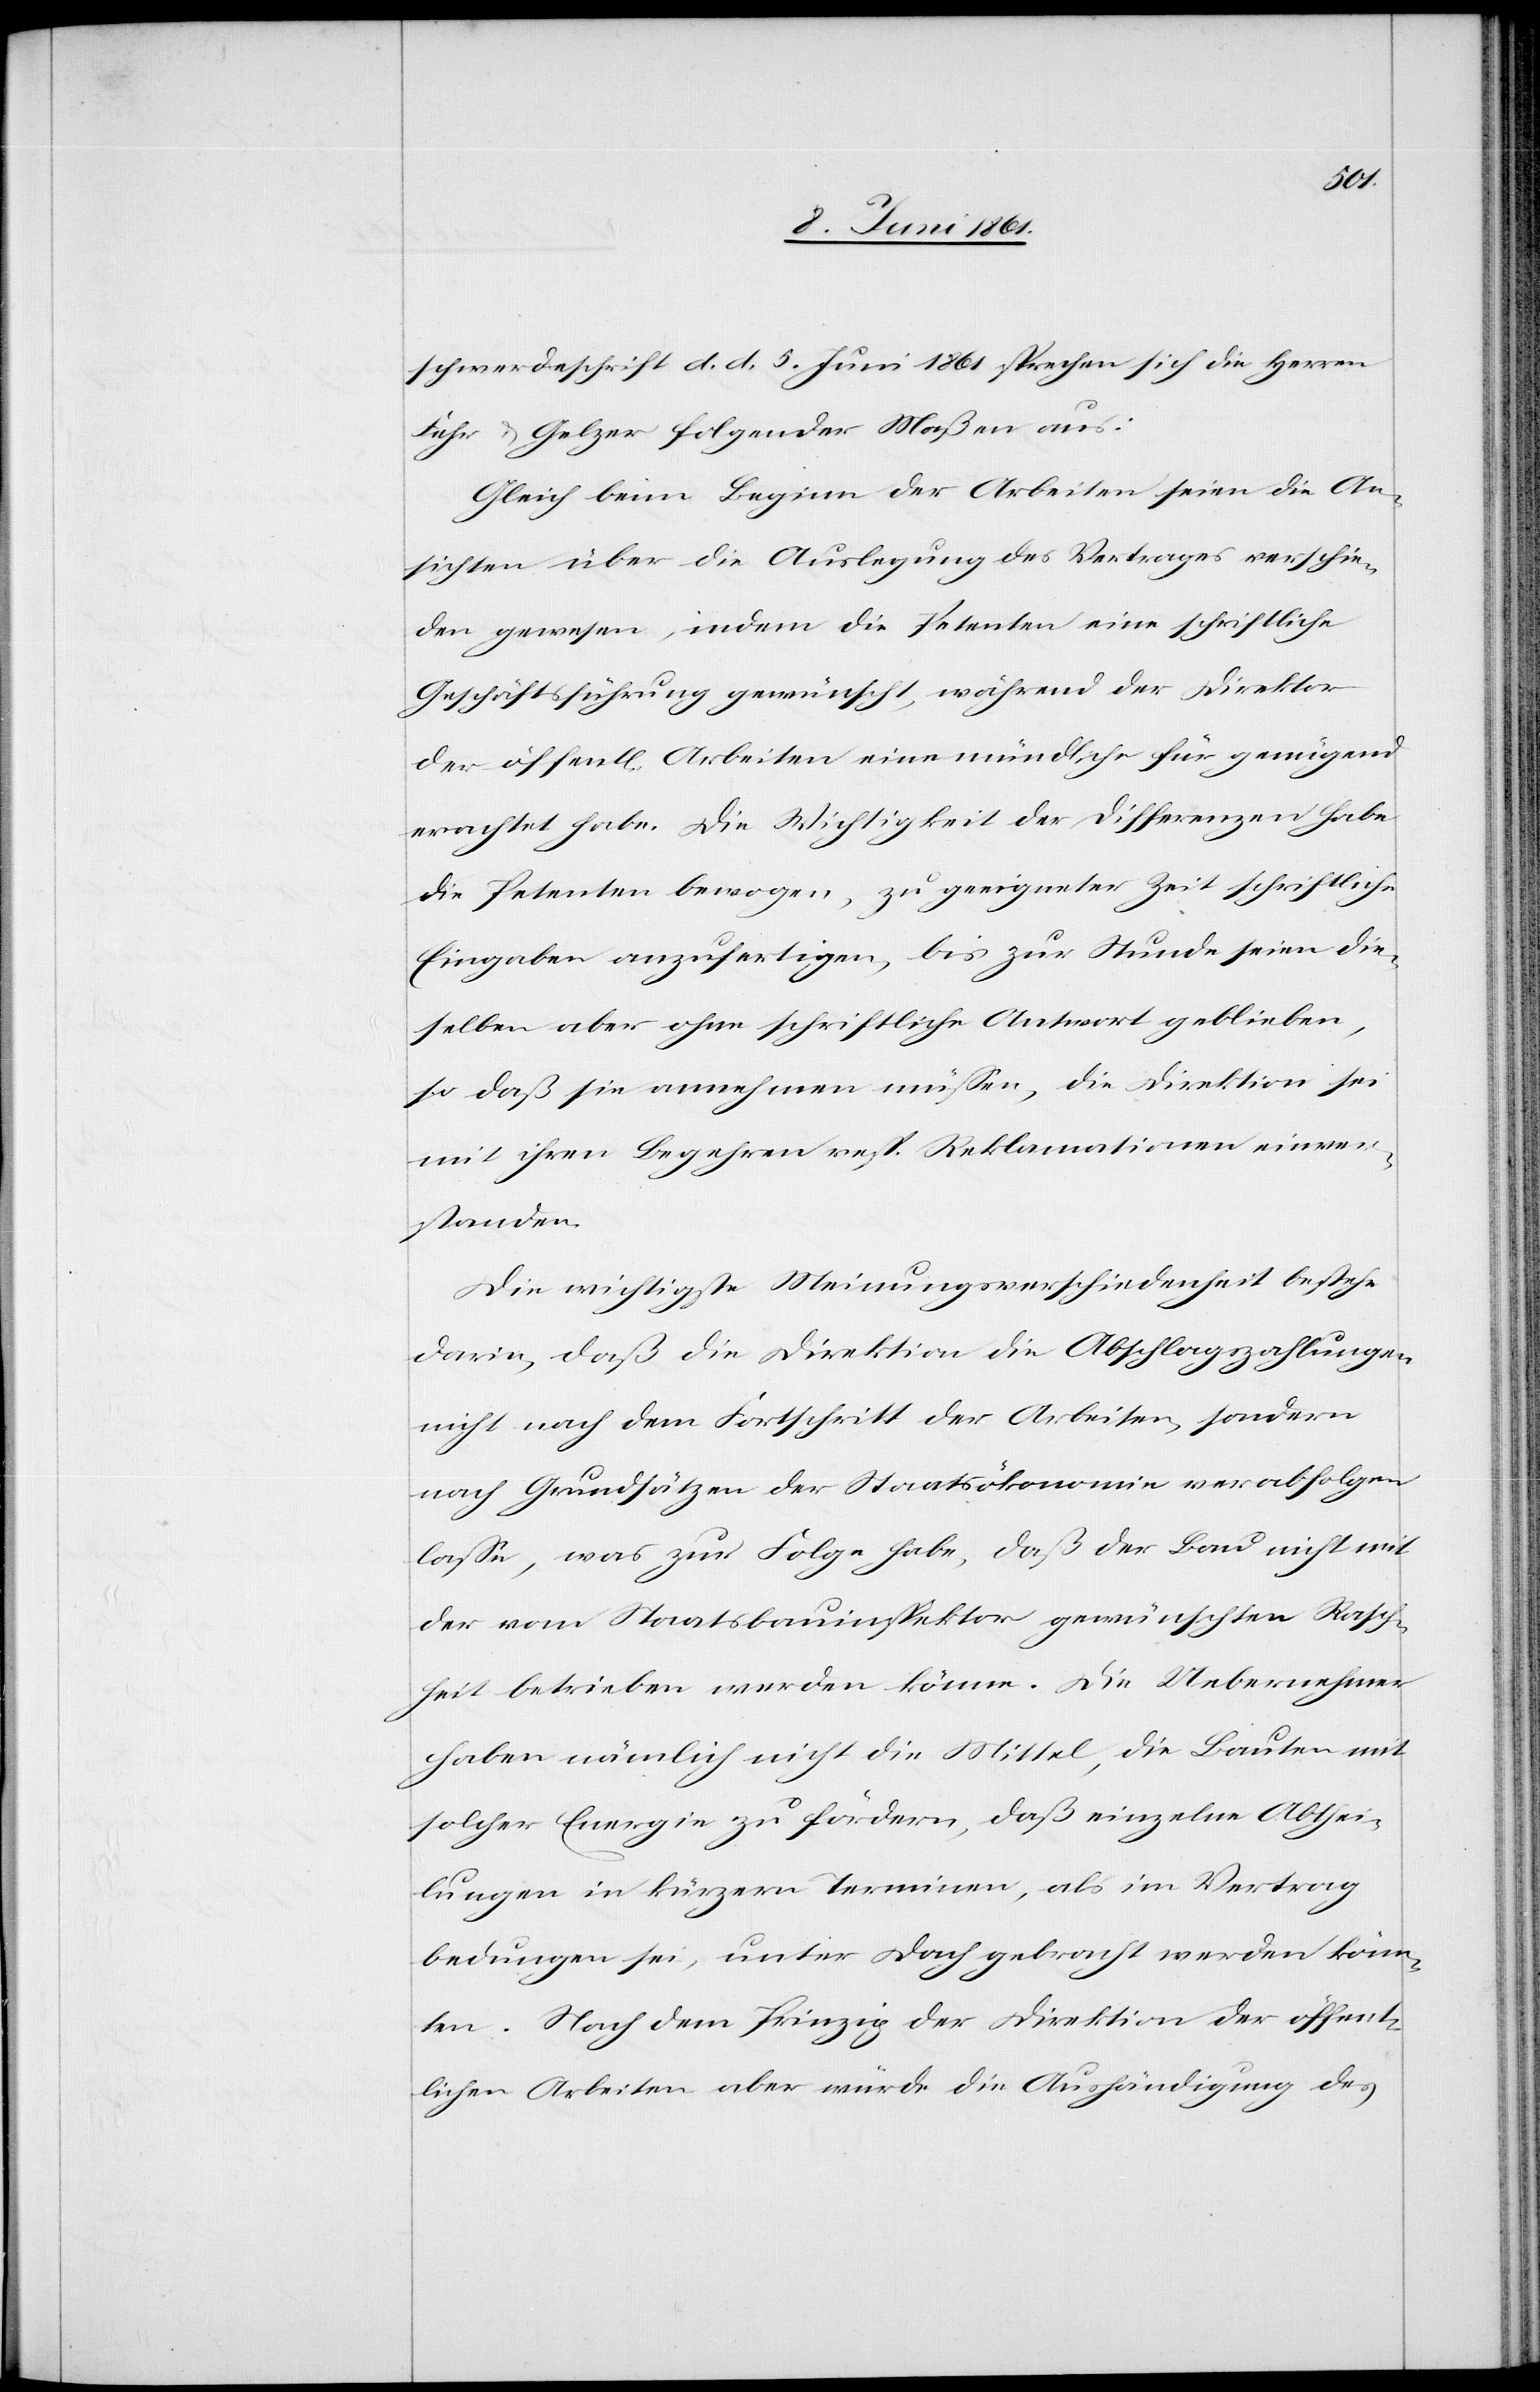
schwerdeschrift d. d. 5. Juni 1861 sprechen sich die Herren
Fehr u. Gelzer folgender Maßen aus:
Gleich beim Beginn der Arbeiten seien die An¬
sichten über die Auslegung des Vertrages verschie¬
den gewesen, indem die Petenten eine schriftliche
Geschäftsführung gewünscht, während der Direktor
der öffentl. Arbeiten eine mündliche für genügend
erachtet habe. Die Wichtigkeit der Differenzen habe
die Petenten bewogen, zu geeigneter Zeit schriftliche
Eingaben anzufertigen, bis zur Stunde seien die¬
selben aber ohne schriftliche Antwort geblieben,
so daß sie annehmen müssen, die Direktion sei
mit ihren Begehren resp. Reklamationen einver¬
standen.
Die wichtigste Meinungsverschiedenheit bestehe
darin, daß die Direktion die Abschlagszahlungen
nicht nach dem Fortschritt der Arbeiten, sondern
nach Grundsätzen der Staatsökonomie verabfolgen
lasse, was zur Folge habe, daß der Bau nicht mit
der vom Staatsbauinspektor gewünschten Rasch¬
heit betrieben werden könne. Die Uebernehmer
haben nämlich nicht die Mittel, die Bauten mit
solcher Energie zu fördern, daß einzelne Abthei¬
lungen in kürzern Terminen, als im Vertrag
bedungen sei, unter Dach gebracht werden könn¬
ten. Nach dem Prinzip der Direktion der öffent¬
lichen Arbeiten aber würde die Aushändigung des